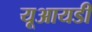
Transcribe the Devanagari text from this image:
यूआयडी